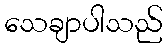
သေချာပါသည်